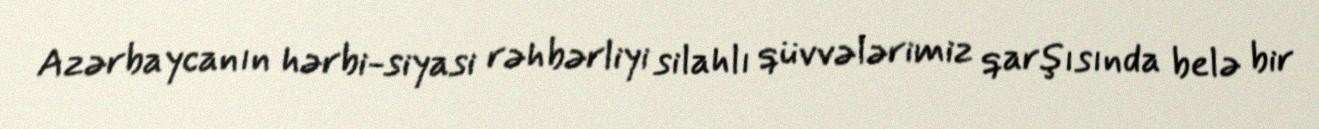
Azərbaycanın hərbi-siyasi rəhbərliyi silahlı qüvvələrimiz qarşısında belə bir